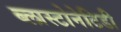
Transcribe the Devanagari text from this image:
ब्लास्टोनेटिडी